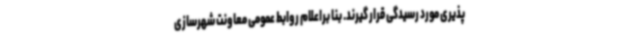
پذیری مورد رسیدگی قرار گیرند. بنا براعلام روابط عمومی معاونت شهرسازی